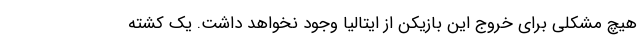
هیچ مشکلی برای خروج این بازیکن از ایتالیا وجود نخواهد داشت. یک کشته